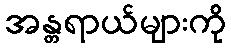
အန္တရာယ်များကို